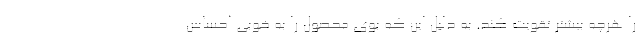
را هرچه بیشتر تقویت کند. به دلیل این که بوی محصول را به خوبی احساس